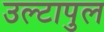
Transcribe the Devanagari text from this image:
उल्‍टापुल